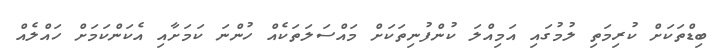
ބިޑްތަކަށް ކުރިމަތި ލުމުގައި އަމިއްލަ ކުންފުނިތަކަށް މައްސަލަތަކެއް ހުންނަ ކަމަށާއި އެކަންކަމަށް ހައްލެއް